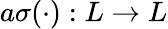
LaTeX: a\sigma(\cdot):L\to L